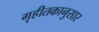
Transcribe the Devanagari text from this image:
गृहीतकानुसार